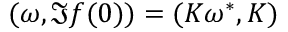
( \omega , \Im f ( 0 ) ) = ( K \omega ^ { * } , K )